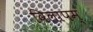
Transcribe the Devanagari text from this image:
विलापम्